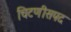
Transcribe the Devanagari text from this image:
चिटणीसपद